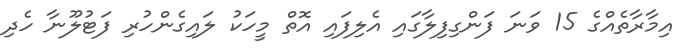
އިމާރާތެއްގެ 15 ވަނަ ފަންގިފިލާގައި އެލިފައި އޮތް މީހަކު ލައިގެންހުރި ފަޓުލޫނާ ހެދި